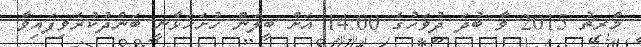
މާރިޗު 2015 ވާ ބުދަ ދުވަހުގެ 14:00 އަށް ބީލަން ހުށަހަޅާނީ ބަންދުކުރެވިފައިވާ